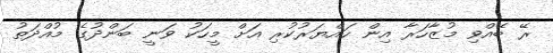
ރޭ ބޭއްވި މުޒާހަރާ އިން ހައްޔަރުކުރި އަށް މީހަކު ވަނީ ބަންދުގެ މުއްދަތު